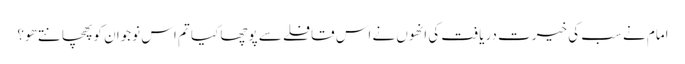
امام نے سب کی خیرت دریافت کی انھوں نے اس قافلے سے پوچھا کیا تم اس نوجوان کو پھچانتے ھو؟